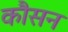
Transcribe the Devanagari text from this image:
कौसन